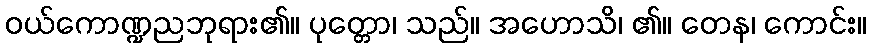
ဝယ်ကောဏ္ဍညဘုရား၏။ ပုတ္တော၊ သည်။ အဟောသိ၊ ၏။ တေန၊ ကောင်း။